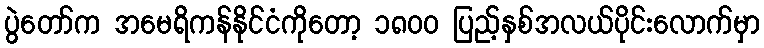
ပွဲတော်က အမေရိကန်နိုင်ငံကိုတော့ ၁၈၀၀ ပြည့်နှစ်အလယ်ပိုင်းလောက်မှာ